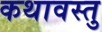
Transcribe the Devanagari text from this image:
कथावस्‍तु